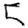
Digit: 5